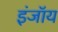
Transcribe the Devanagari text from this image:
इंजॉय